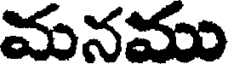
మనము